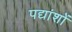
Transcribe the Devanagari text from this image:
पद्यांशों